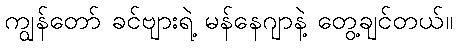
ကျွန်တော် ခင်ဗျားရဲ့ မန်နေဂျာနဲ့ တွေ့ချင်တယ်။